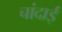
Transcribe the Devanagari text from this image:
चांदाई